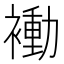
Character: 𬡬